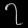
Digit: ၇